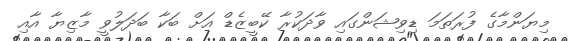
މިޔަންމާގެ ފުރަތަމަ ޑިވިޝަންގައި ވާދަކުރާ ކޭބީޒެޑް އަށް ބަކާ ބަދަލުވީ މާޒިޔާ އާއި